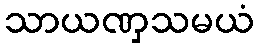
သာယဏှသမယံ